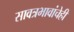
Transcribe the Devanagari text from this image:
सावत्रभावांचेही